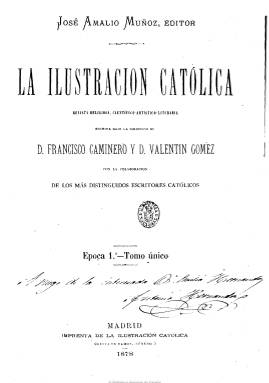
Título: La Ilustración católica (Madrid. 1877)
Colección: Religión || Literatura
Ámbito geográfico: Madrid
Lugar de publicación: Madrid
Fechas: 05/08/1877-31/12/1894

Con el subtítulo “semanario religioso, científico-artístico-literario” comienza a publicarse los domingos a partir del cinco de agosto de 1877, siendo su propietario y gerente el impresor José Amalio Muñoz (probablemente, un testaferro) y durante sus primeros tres números lo dirige Abdón de Paz. A partir del 26 de agosto la dirección religiosa la asume el presbítero y después obispo Francisco Caminero y, en septiembre, la dirección literaria Valentín Gómez, una de las figuras del periodismo católico de filiación carlista, sustituido éste entre noviembre y diciembre de 1878 por otro destacado carlista, Ceferino Suárez Bravo. Tras la muerte de José Amalio Muñoz a finales de este año, será Manuel Pérez Villamil (1849-1917), próximo a Cándido Nocedal, quien asuma finalmente su dirección, desde enero de 1879 hasta el 25 de diciembre de 1886, y le dé su carácter intransigente e integrista, origen del que más tarde se conocerá como nacionalcatolicismo.

El catolicismo se suma así a las “ilustraciones” y como señala en su artículo de presentación lo hace “para levantar el espíritu religioso de España con artículos doctrinales, de educación y de moral” y para “examinar el movimiento científico y las publicaciones más notables que tiendan a impulsarlo bajo la benéfica égida del dogma católico”, siguiendo así el programa del movimiento neocatólico español con raíces carlistas, impulsado por Alejandro Pidal y Mon, que sólo aceptaría el régimen de la Restauración siempre que este asumiera la tarea de devolver España a la ortodoxia católica. Aún así, el propio Pérez Villamil participará, junto a Marcelino Menéndez Pelayo, en la fundación de Unión Católica (1881-1884), el partido que acabaría siendo absorbido por el conservador canovista.

Su objetivo es la defensa y la propagación de la “verdad católica” contra la libertad política, el liberalismo y el racionalismo, no sólo en el campo de la política, el arte y la literatura, sino situándose a espaldas de la propia  “civilización moderna” y su realidad social, su progreso y bienestar, a la que ataca con los anatemas de materialista y sensualista, por lo que en sus páginas se criticará no sólo los bailes u otros espectáculos públicos, que a su juicio conducen al vicio, sino hasta la electrificación y calefacción de los hogares o el avance de las comunicaciones, y siguiendo este discurso a las ideas que procedan del exterior y “desespañolicen” las arcaicas y medievales del catolicismo como “religión patriótica”, reafirmándose así en los “valores católicos más primarios”, e inculcando el desprecio a la vida de una sociedad moderna que es calificada de “mundalizada”. Su única realidad aceptable será el “movimiento religioso” y su única manifestación, las “peregrinaciones”. Defenderá la autoridad como “emanación” de Díos y reivindicará la supremacía del Papado.

Aparece con su cabecera adornada con un grabado de Barneto en donde aparece la Basílica de San Pedro y dos apóstoles, que irá variando a lo largo de su existencia. Comenzará publicando otros dos grabados. En primera, generalmente un retrato de una figura destacada de la jerarquía católica, y en el interior otro referente al arte religioso o a la historia sagrada. Más tarde irá aumentando sus ilustraciones y publicará también otros retratos de monarcas, monumentos católicos, vistas, reproducciones pictóricas, dibujos, etc. Será editada en números de ocho páginas, que después ampliará a las 12 y 16, reduciendo su periodicidad a los días 5, 15 y 25 de cada mes.

Publicará esencialmente artículos doctrinales, ensayos filosóficos y morales, textos de creación literaria, relatos, composiciones poéticas, etc., inspirados en la historia sagrada. También publicará pastorales de obispos. Ofrecerá la clásica revista de actualidad de la semana, en la que está ausente la vida política y social española, pero en la que son comentados sucesos desde un planteamiento “apocalíptico”, heredero de la visión de un Donoso Cortés. También publicará crónicas de actualidad internacional, y una sección del movimiento religioso y otra miscelánea, así como anuncios comerciales, al final.

Es redactada por escritores y periodistas católicos, además de los ya citados, como Gabino Tejado, Francisco Navarro Villoslada, Manuel Polo y Peyrolón, Antonio Aparicio, Antonio Valbuena, Luis Coloma  o José María Pereda, entre otros. Después de ser propiedad de Modesto Riera, el 25 de octubre de 1885 pasa a serlo del Asilo de Huérfanos del Sagrado Corazón de Jesús, regentado por la asociación del mismo nombre. Después de Pérez Villamil, será dirigida sucesivamente por Manuel Ossorio y Bernard, Fernando Martínez Pedrosa (de noviembre de 1888 a enero de 1890), Ángel Salcedo Ruiz y, a partir de 1893, por Francisco de Paula Salcedo. La colección de la Biblioteca Nacional de España carece del año 1893 y su último número corresponde al 31 de diciembre de 1894. A partir de 1897 es continuada por Ilustración católica de España.

Entre otros, Marta Bizcarrondo, Jean-Françoise Botrel y Carmen Servén Díez han analizado esta revista. Y Carmen Canet Ramos elaboró un estudio e índices hasta 1883 en su tesis de la Universidad de Granada, en 1997.